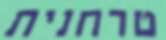
טרחנית